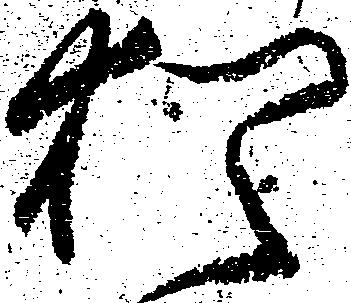
猶